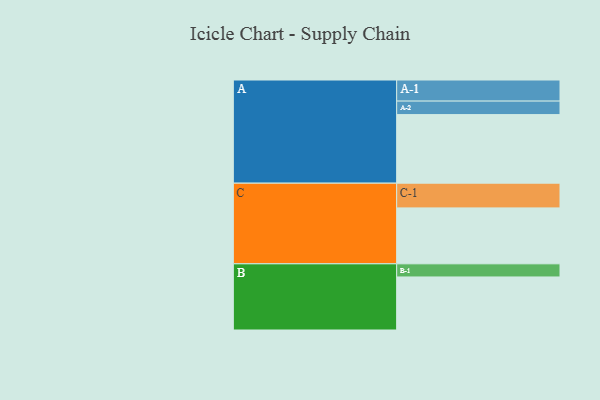
{"axis": {"x": "Segment", "y": "Value"}, "legend": ["", "A", "B", "C"], "data": [{"x": "A", "y": 569, "type": ""}, {"x": "B", "y": 440, "type": ""}, {"x": "C", "y": 464, "type": ""}, {"x": "A-1", "y": 175, "type": "A"}, {"x": "A-2", "y": 112, "type": "A"}, {"x": "B-1", "y": 109, "type": "B"}, {"x": "C-1", "y": 205, "type": "C"}]}